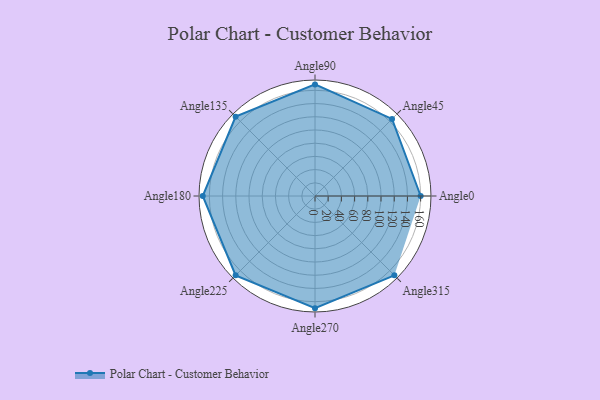
{"axis": {"x": "Angle", "y": "Radius"}, "legend": [""], "data": [{"x": "Angle0", "y": 160.0, "type": ""}, {"x": "Angle45", "y": 165.0, "type": ""}, {"x": "Angle90", "y": 169.0, "type": ""}, {"x": "Angle135", "y": 170, "type": ""}, {"x": "Angle180", "y": 170, "type": ""}, {"x": "Angle225", "y": 170, "type": ""}, {"x": "Angle270", "y": 170, "type": ""}, {"x": "Angle315", "y": 170, "type": ""}]}